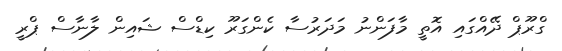
ގްރޫޕް ދޭއްގައި އޮތީ މާފަންނު މަދަރުސާ ކެންގަރޫ ކިޑްސް ޝައިން ލާނާސް ޕްރީ